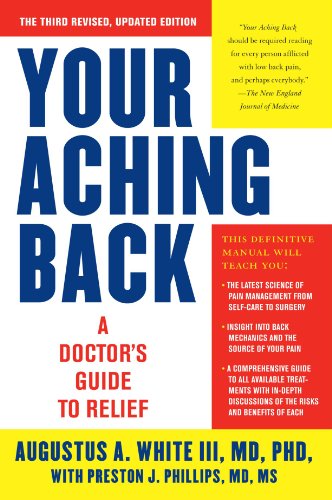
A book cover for Your Aching Back: A Doctor's Guide to Relief; Augustus A. White; Medical Books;